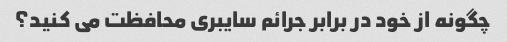
چگونه از خود در برابر جرائم سایبری محافظت می کنید؟